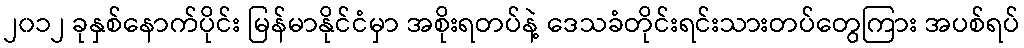
၂၀၁၂ ခုနှစ်နောက်ပိုင်း မြန်မာနိုင်ငံမှာ အစိုးရတပ်နဲ့ ဒေသခံတိုင်းရင်းသားတပ်တွေကြား အပစ်ရပ်